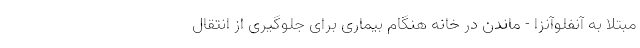
مبتلا به آنفلوآنزا - ماندن در خانه هنگام بیماری برای جلوگیری از انتقال